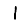
Digit: 1